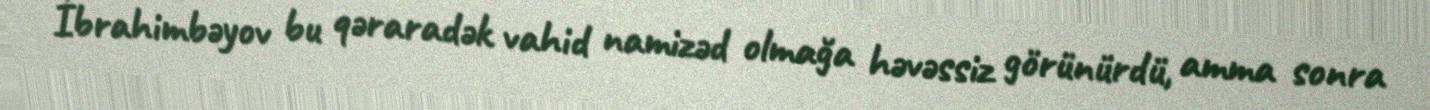
İbrahimbəyov bu qəraradək vahid namizəd olmağa həvəssiz görünürdü, amma sonra